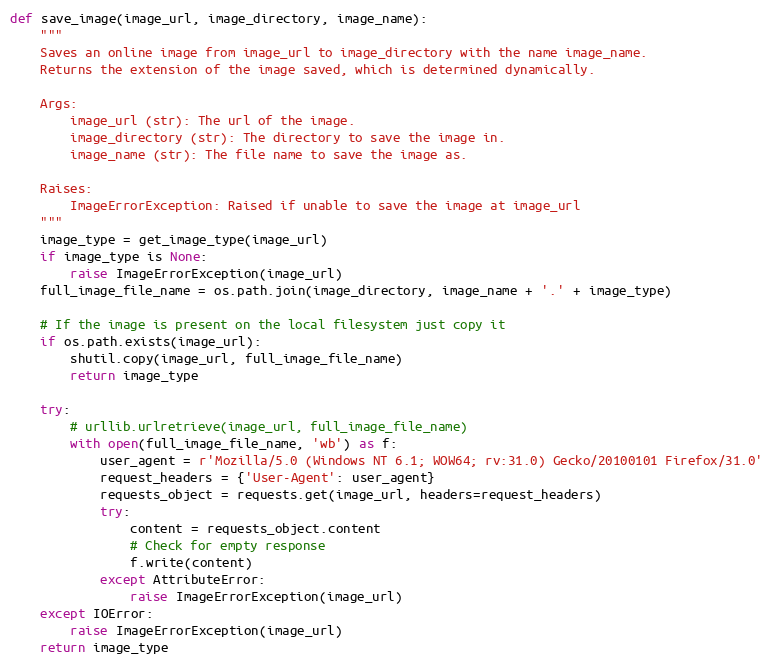
Language: Python
def save_image(image_url, image_directory, image_name):
    """
    Saves an online image from image_url to image_directory with the name image_name.
    Returns the extension of the image saved, which is determined dynamically.

    Args:
        image_url (str): The url of the image.
        image_directory (str): The directory to save the image in.
        image_name (str): The file name to save the image as.

    Raises:
        ImageErrorException: Raised if unable to save the image at image_url
    """
    image_type = get_image_type(image_url)
    if image_type is None:
        raise ImageErrorException(image_url)
    full_image_file_name = os.path.join(image_directory, image_name + '.' + image_type)

    # If the image is present on the local filesystem just copy it
    if os.path.exists(image_url):
        shutil.copy(image_url, full_image_file_name)
        return image_type

    try:
        # urllib.urlretrieve(image_url, full_image_file_name)
        with open(full_image_file_name, 'wb') as f:
            user_agent = r'Mozilla/5.0 (Windows NT 6.1; WOW64; rv:31.0) Gecko/20100101 Firefox/31.0'
            request_headers = {'User-Agent': user_agent}
            requests_object = requests.get(image_url, headers=request_headers)
            try:
                content = requests_object.content
                # Check for empty response
                f.write(content)
            except AttributeError:
                raise ImageErrorException(image_url)
    except IOError:
        raise ImageErrorException(image_url)
    return image_type